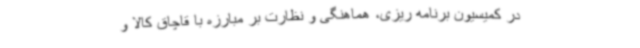
در کمیسیون برنامه ریزی، هماهنگی و نظارت بر مبارزه با قاچاق کالا و